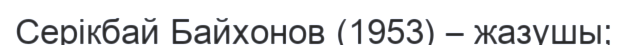
Серікбай Байхонов (1953) – жазушы;